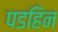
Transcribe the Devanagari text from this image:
पडहिन